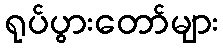
ရုပ်ပွားတော်များ